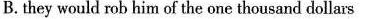
B. they would rob him of the one thousand dollars